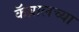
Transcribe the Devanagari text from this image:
कॅब्रालच्या